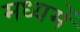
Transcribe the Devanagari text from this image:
मध्यमें